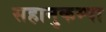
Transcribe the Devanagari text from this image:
सहानुकम्पा